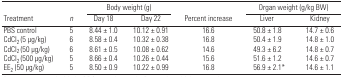
<table><thead><tr><td></td><td></td><td colspan="2"><b>Body weight (g)</b></td><td></td><td colspan="2"><b>Organ weight (g/kg BW)</b></td></tr><tr><td><b>Treatment</b></td><td><b><i>n</i></b></td><td><b>Day 18</b></td><td><b>Day 22</b></td><td><b>Percent increase</b></td><td><b>Liver</b></td><td><b>Kidney</b></td></tr></thead><tbody><tr><td>PBS control</td><td>5</td><td>8.44 ± 1.0</td><td>10.12 ± 0.91</td><td>16.6</td><td>50.8 ± 1.8</td><td>14.7 ± 0.6</td></tr><tr><td>CdCl<sub>2</sub> (5 μg/kg)</td><td>6</td><td>8.58 ± 0.4</td><td>10.32 ± 0.38</td><td>16.8</td><td>50.4 ± 1.9</td><td>14.8 ± 1.0</td></tr><tr><td>CdCl<sub>2</sub> (50 μg/kg)</td><td>6</td><td>8.61 ± 0.5</td><td>10.08 ± 0.62</td><td>14.6</td><td>49.3 ± 6.2</td><td>14.8 ± 0.7</td></tr><tr><td>CdCl<sub>2</sub> (500 μg/kg)</td><td>5</td><td>8.66 ± 0.4</td><td>10.26 ± 0.44</td><td>15.6</td><td>51.6 ± 1.2</td><td>14.6 ± 0.7</td></tr><tr><td>EE<sub>2</sub> (50 μg/kg)</td><td>5</td><td>8.50 ± 0.9</td><td>10.22 ± 0.99</td><td>16.8</td><td>56.9 ± 2.1*</td><td>14.6 ± 1.1</td></tr></tbody></table>